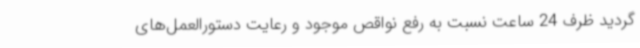
گردید ظرف 24 ساعت نسبت به رفع نواقص موجود و رعایت دستورالعمل‌های